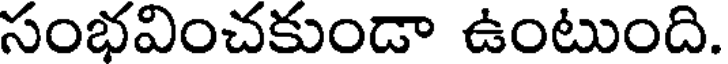
సంభవించకుండా ఉంటుంది.